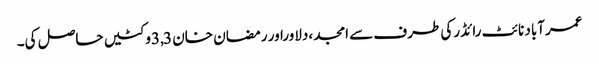
عمرآباد نائٹ رائڈرکی طرف سے امجد ،دلاوراور رمضان خان 3,3وکٹیں حاصل کی۔